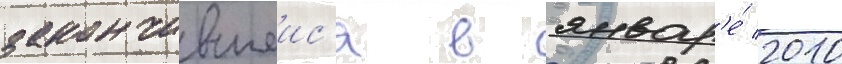
закончившеис'я в январ'е́ 2010